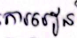
ការរៀន